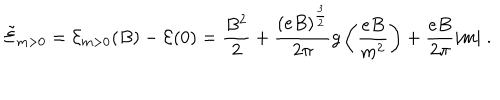
{ \tilde { \cal { E } } } _ { m > 0 } = { \cal { E } } _ { m > 0 } ( B ) - { \cal { E } } ( 0 ) = \frac { B ^ { 2 } } { 2 } + \frac { ( e B ) ^ { \frac { 3 } { 2 } } } { 2 \pi } g \left( \frac { e B } { m ^ { 2 } } \right) + \frac { e B } { 2 \pi } | m | \; .